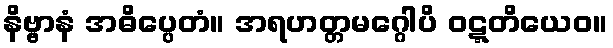
နိဗ္ဗာနံ အဓိပ္ပေတံ။ အရဟတ္တမဂ္ဂေါပိ ဝဋ္ဋတိယေဝ။